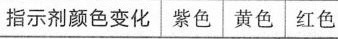
指示剂颜色变化 紫色 黄色 红色